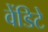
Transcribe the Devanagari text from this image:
वेंडिटे